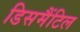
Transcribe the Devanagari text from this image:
डिसमैंटिल